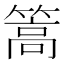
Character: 篙